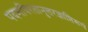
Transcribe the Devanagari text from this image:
पदमविरतानुत्तरज्ञाप्तिरूपं